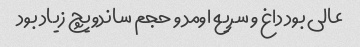
عالی بود داغ و سریع اومد و حجم ساندویچ زیاد بود